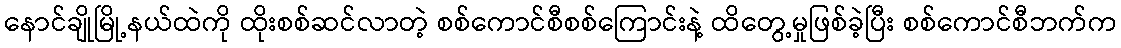
နောင်ချိုမြို့နယ်ထဲကို ထိုးစစ်ဆင်လာတဲ့ စစ်ကောင်စီစစ်ကြောင်းနဲ့ ထိတွေ့မှုဖြစ်ခဲ့ပြီး စစ်ကောင်စီဘက်က